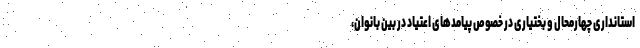
استانداری چهارمحال و بختیاری در خصوص پیامدهای اعتیاد در بین بانوان،